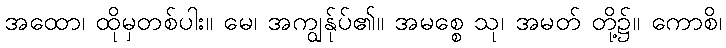
အထော၊ ထိုမှတစ်ပါး။ မေ၊ အကျွန်ုပ်၏။ အမစ္စေ သု၊ အမတ် တို့၌။ ကောစိ၊